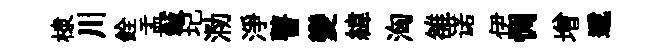
棣川銓盂敍圮泐淨瞽變緯洶雒诺伊惆增遞